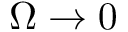
\Omega \rightarrow 0